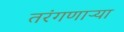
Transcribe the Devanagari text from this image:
तरंगणाऱ्या